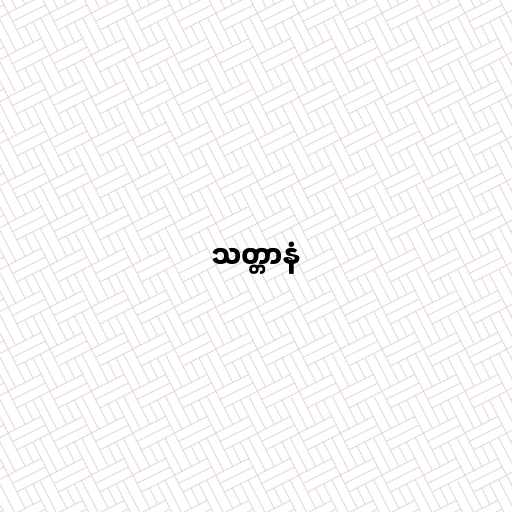
သတ္တာနံ